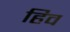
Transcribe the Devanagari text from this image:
हिव